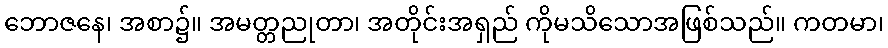
ဘောဇနေ၊ အစာ၌။ အမတ္တညုတာ၊ အတိုင်းအရှည် ကိုမသိသောအဖြစ်သည်။ ကတမာ၊